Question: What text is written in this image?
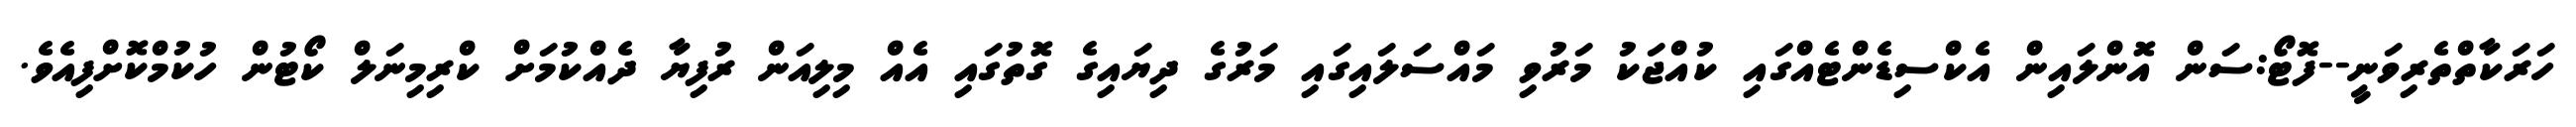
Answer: ހަރަކާތްތެރިވަނީ--ފޮޓޯ:ސަން އޮންލައިން އެކްސިޑެންޓެއްގައި ކުއްޖަކު މަރުވި މައްސަލައިގައި މަރުގެ ދިޔައިގެ ގޮތުގައި އެއް މިލިއަން ރުފިޔާ ދެއްކުމަށް ކްރިމިނަލް ކޯޓުން ހުކުމްކޮށްފިއެވެ.